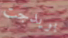
بريدجت